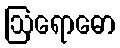
ဩရောဓော